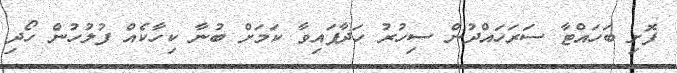
ފޮށި ބަހައްޓާ ސަރަހައްދުން ސިހުރު ހަދާފައިވާ ކަމަށް ބުނާ ކިހާކެއް ފުލުހުން ހޯދި